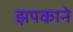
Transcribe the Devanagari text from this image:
झपकाने